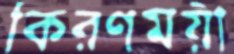
কিরণময়ী